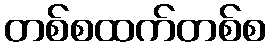
တစ်စထက်တစ်စ